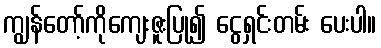
ကျွန်တော့်ကိုကျေးဇူးပြု၍ ငွေရှင်းတမ်း ပေးပါ။